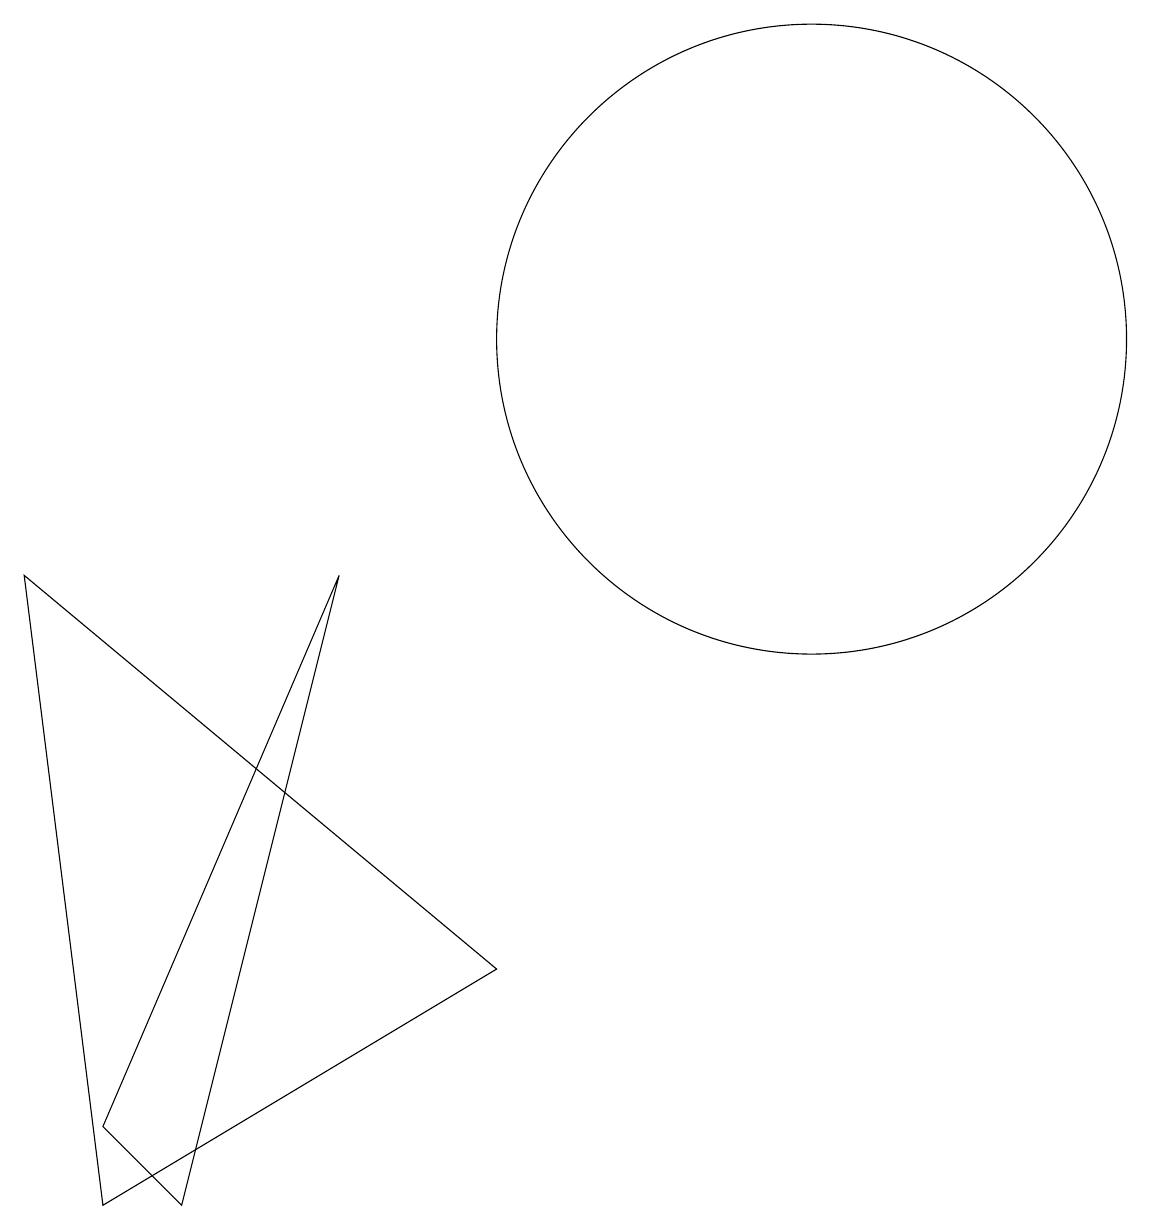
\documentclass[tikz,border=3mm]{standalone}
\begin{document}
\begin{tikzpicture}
\draw (1,9) -- (2,1) -- (7,4) -- cycle;
\draw (11,12) circle (4);
\draw (5,9) -- (3,1) -- (2,2) -- cycle;
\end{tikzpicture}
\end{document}